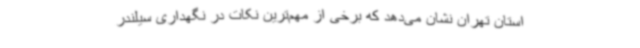
استان تهران نشان می‌دهد که برخی از مهم‌ترین نکات در نگهداری سیلندر